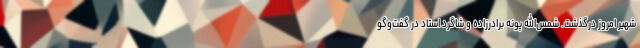
شهیر امروز درگذشت. شمس‌الله پونه برادرزاده و شاگرد استاد در گفت‌وگو